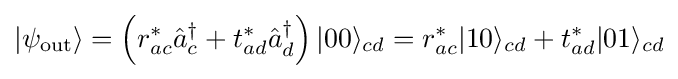
|\psi _{\text{out}}\rangle =\left(r_{ac}^{\ast }{\hat {a}}_{c}^{\dagger }+t_{ad}^{\ast }{\hat {a}}_{d}^{\dagger }\right)|00\rangle _{cd}=r_{ac}^{\ast }|10\rangle _{cd}+t_{ad}^{\ast }|01\rangle _{cd}